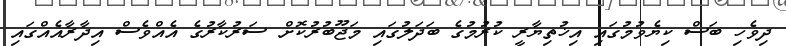
ދިވެހި ބަސް ކިޔެވުމުގައި އިޚުތިޔާރީ ކުރުމުގެ ބަދަލުގައި މަޖޫބުރުކޮށް ސަރުކާރުގެ އެއްވެސް އިދާރާއެއްގައި